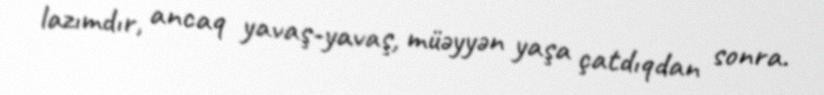
lazımdır, ancaq yavaş-yavaş, müəyyən yaşa çatdıqdan sonra.